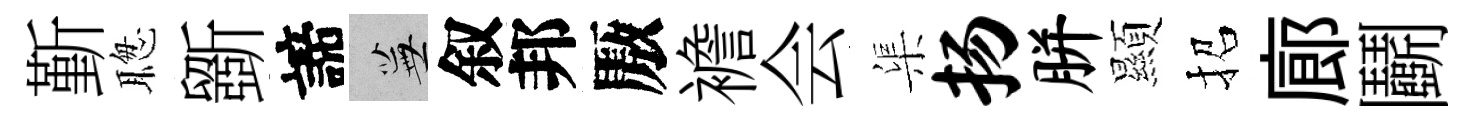
斳聦斵諦蕪叙邦厫襜会渠扬胼顯招廊鬬